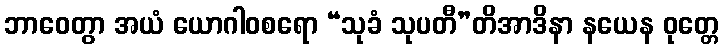
ဘာဝေတွာ အယံ ယောဂါဝစရော “သုခံ သုပတီ”တိအာဒိနာ နယေန ဝုတ္တေ